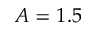
A = 1 . 5